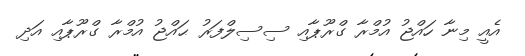
އެއީ މިނާ ހައްޖު އުމްރާ ގްރޫޕާއި ސިސިލްފަރު ޙައްޖު އުމްރާ ގްރޫޕާއި އަދި